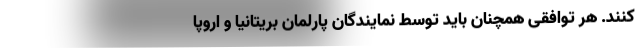
کنند. هر توافقی همچنان باید توسط نمایندگان پارلمان بریتانیا و اروپا